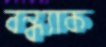
বন্ধ্যাক